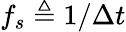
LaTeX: f_{s}\triangleq 1/\Delta t